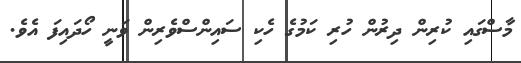
މާސްގައި ކުރިން ދިރުން ހުރި ކަމުގެ ހެކި ސައިންސްވެރިން ވަނީ ހޯދައިފަ އެވެ.